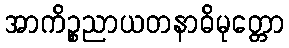
အာကိဉ္စညာယတနာဓိမုတ္တော